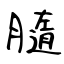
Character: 膸